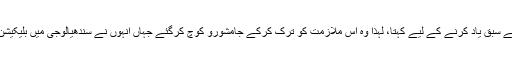
مگر ایک افسانہ نویس ایک چھوٹے سے پرائمری اسکول میں کب تک بچوں کو زور زور سے سبق یاد کرنے کے لیے کہتا، لہٰذا وہ اس ملازمت کو ترک کرکے جامشورو کوچ کرگئے جہاں انہوں نے سندھیالوجی میں بلیکیشن آفیسر کی حیثیت سے ملازمت اختیار کرلی اور پھر ڈائریکٹر کی حیثیت سے ریٹائرڈ ہوئے۔